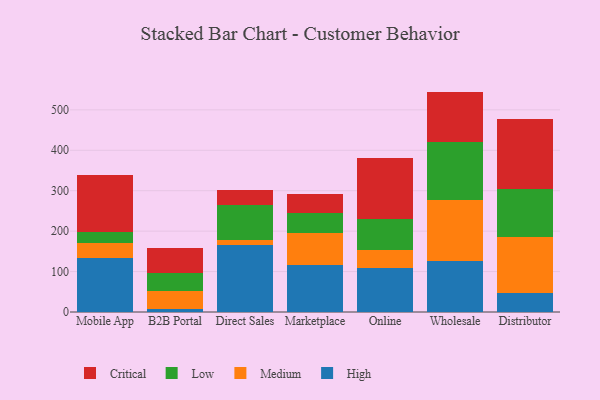
{"axis": {"x": "Channel", "y": "Page Views"}, "legend": ["Critical", "High", "Low", "Medium"], "data": [{"x": "Mobile App", "y": 133.6, "type": "High"}, {"x": "Mobile App", "y": 36.4, "type": "Medium"}, {"x": "Mobile App", "y": 28.7, "type": "Low"}, {"x": "Mobile App", "y": 139.8, "type": "Critical"}, {"x": "B2B Portal", "y": 7.2, "type": "High"}, {"x": "B2B Portal", "y": 45.4, "type": "Medium"}, {"x": "B2B Portal", "y": 45.1, "type": "Low"}, {"x": "B2B Portal", "y": 60.5, "type": "Critical"}, {"x": "Direct Sales", "y": 165.3, "type": "High"}, {"x": "Direct Sales", "y": 12.0, "type": "Medium"}, {"x": "Direct Sales", "y": 88.3, "type": "Low"}, {"x": "Direct Sales", "y": 36.1, "type": "Critical"}, {"x": "Marketplace", "y": 116.6, "type": "High"}, {"x": "Marketplace", "y": 78.1, "type": "Medium"}, {"x": "Marketplace", "y": 49.5, "type": "Low"}, {"x": "Marketplace", "y": 47.7, "type": "Critical"}, {"x": "Online", "y": 109.1, "type": "High"}, {"x": "Online", "y": 44.0, "type": "Medium"}, {"x": "Online", "y": 78.0, "type": "Low"}, {"x": "Online", "y": 148.7, "type": "Critical"}, {"x": "Wholesale", "y": 126.9, "type": "High"}, {"x": "Wholesale", "y": 150.5, "type": "Medium"}, {"x": "Wholesale", "y": 142.0, "type": "Low"}, {"x": "Wholesale", "y": 125.7, "type": "Critical"}, {"x": "Distributor", "y": 46.0, "type": "High"}, {"x": "Distributor", "y": 139.0, "type": "Medium"}, {"x": "Distributor", "y": 119.0, "type": "Low"}, {"x": "Distributor", "y": 173.6, "type": "Critical"}]}